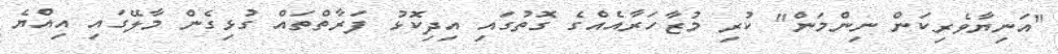
"އަނިޔާވެރިކަން ނިންމަން" ކުރި މުޒާހަރާއެއްގެ ގޮތުގައި އިދިކޮޅު ފަރާތްތައް ގުޅިގެން މާލޭގައި އިއްޔެ